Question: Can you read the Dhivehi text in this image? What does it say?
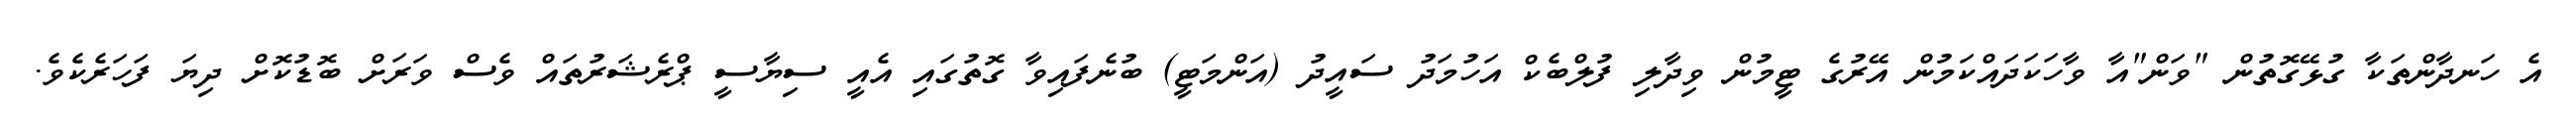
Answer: އެ ހަނދާންތަކާ ގުޅޭގޮތުން "ވަން"އާ ވާހަކަދައްކަމުން އޭރުގެ ޓީމުން ވިދާލި ފުލްބެކް އަހުމަދު ސައީދު (އަންމަޓީ) ބުނެފައިވާ ގޮތުގައި އެއީ ސިޔާސީ ޕްރެޝަރުތައް ވެސް ވަރަށް ބޮޑުކޮށް ދިޔަ ފަހަރެކެވެ.